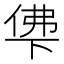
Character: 𰂖